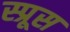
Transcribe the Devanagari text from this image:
स्‍प्रूस